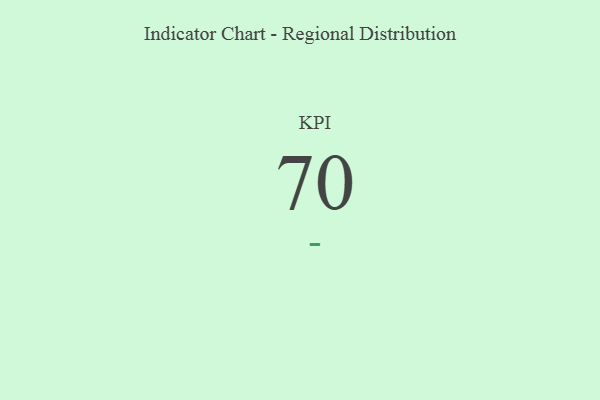
{"axis": {"x": "KPI", "y": "Value"}, "legend": [""], "data": [{"x": "KPI", "y": 70, "type": ""}]}